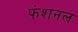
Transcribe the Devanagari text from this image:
फंशनल